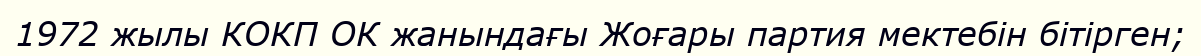
1972 жылы КОКП ОК жанындағы Жоғары партия мектебін бітірген;